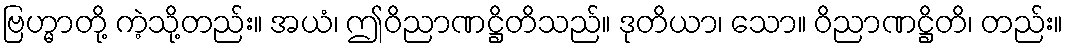
ဗြဟ္မာတို့ ကဲ့သို့တည်း။ အယံ၊ ဤဝိညာဏဋ္ဌိတိသည်။ ဒုတိယာ၊ သော။ ဝိညာဏဋ္ဌိတိ၊ တည်း။